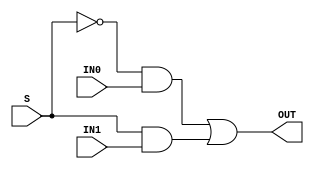
module onebit_(OUT, IN0, IN1, S);
    input IN0, IN1, S;
    output OUT;
    wire AND1OUT, AND2OUT;
    and and1(AND1OUT, ~S, IN0);
    and and2(AND2OUT, S, IN1);
    or or1(OUT, AND1OUT, AND2OUT);
endmodule